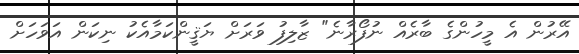
އޭރުން އެ މީހުންގެ ބާރެއް ނުފޯރާނެ" ޒާލިފު ވަރަށް ޔަޤީންކަމާއެކު ނިކަން އަވަހަށް